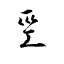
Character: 巠